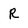
Character: R